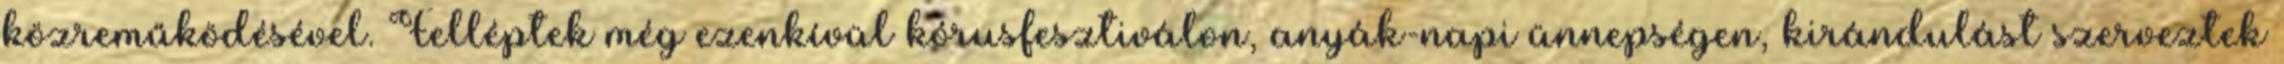
közreműködésével. Felléptek még ezenkívül kórusfesztiválon, anyák-napi ünnepségen, kirándulást szerveztek